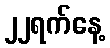
၂၂ရက်နေ့